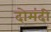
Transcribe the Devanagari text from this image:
दोमंदी